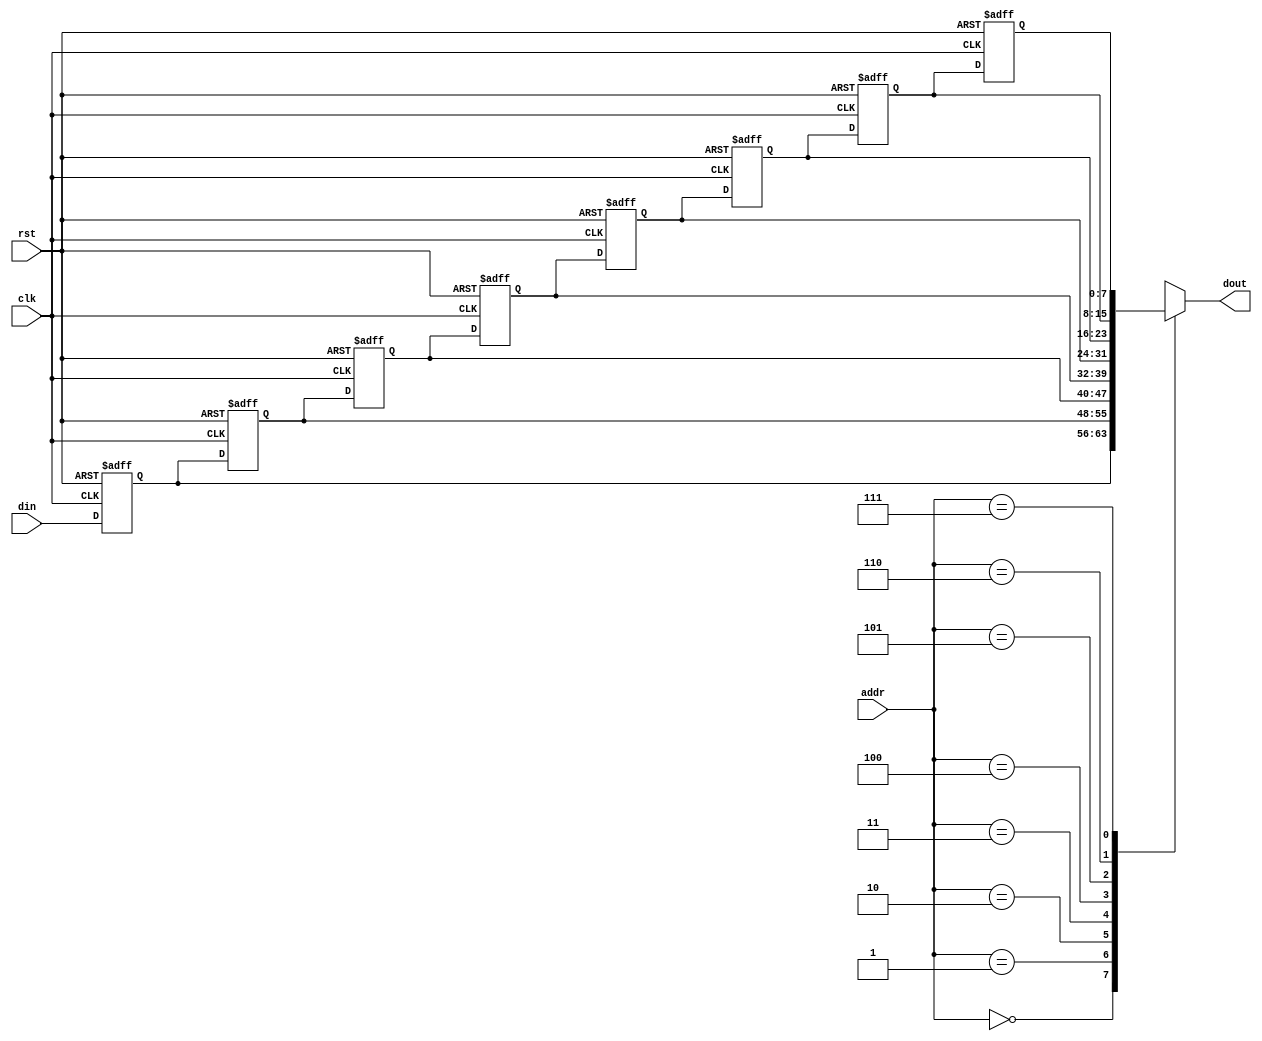
// https://www.manualslib.com/manual/195956/Xilinx-System-Generator-V2-1.html?page=26#manual
module asr8(clk, rst, din, dout, addr);
  parameter N = 8;
  input clk;
  input rst;
  input  [N-1:0] din;
  output [N-1:0] dout;
  input  [2:0]   addr;

  // https://www.verilogpro.com/verilog-arrays-plain-simple/
  reg [N:0] regarray [7:0]; // Register array
  integer i;

  always @(posedge clk or negedge rst) begin
    //Shift routine
    if (~rst) begin
      for (i = 0; i < 8; i = i + 1) begin
        regarray[i] <= 0;
      end
    end
    // Array shift
    // https://stackoverflow.com/questions/15579020/shifting-2d-array-verilog
    else begin
      for (i = 7; i > 0; i = i - 1) begin
        regarray[i] <= regarray[i-1];
      end
      regarray[0] <= din;
    end
  end

  // Output
  assign dout = regarray[addr];

endmodule